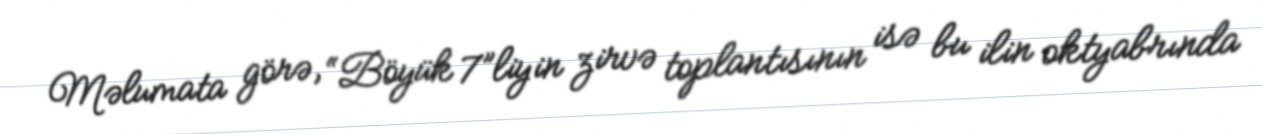
Məlumata görə, “Böyük 7”liyin zirvə toplantısının isə bu ilin oktyabrında